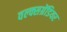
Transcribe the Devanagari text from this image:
वल्क्सग्रेंडियर